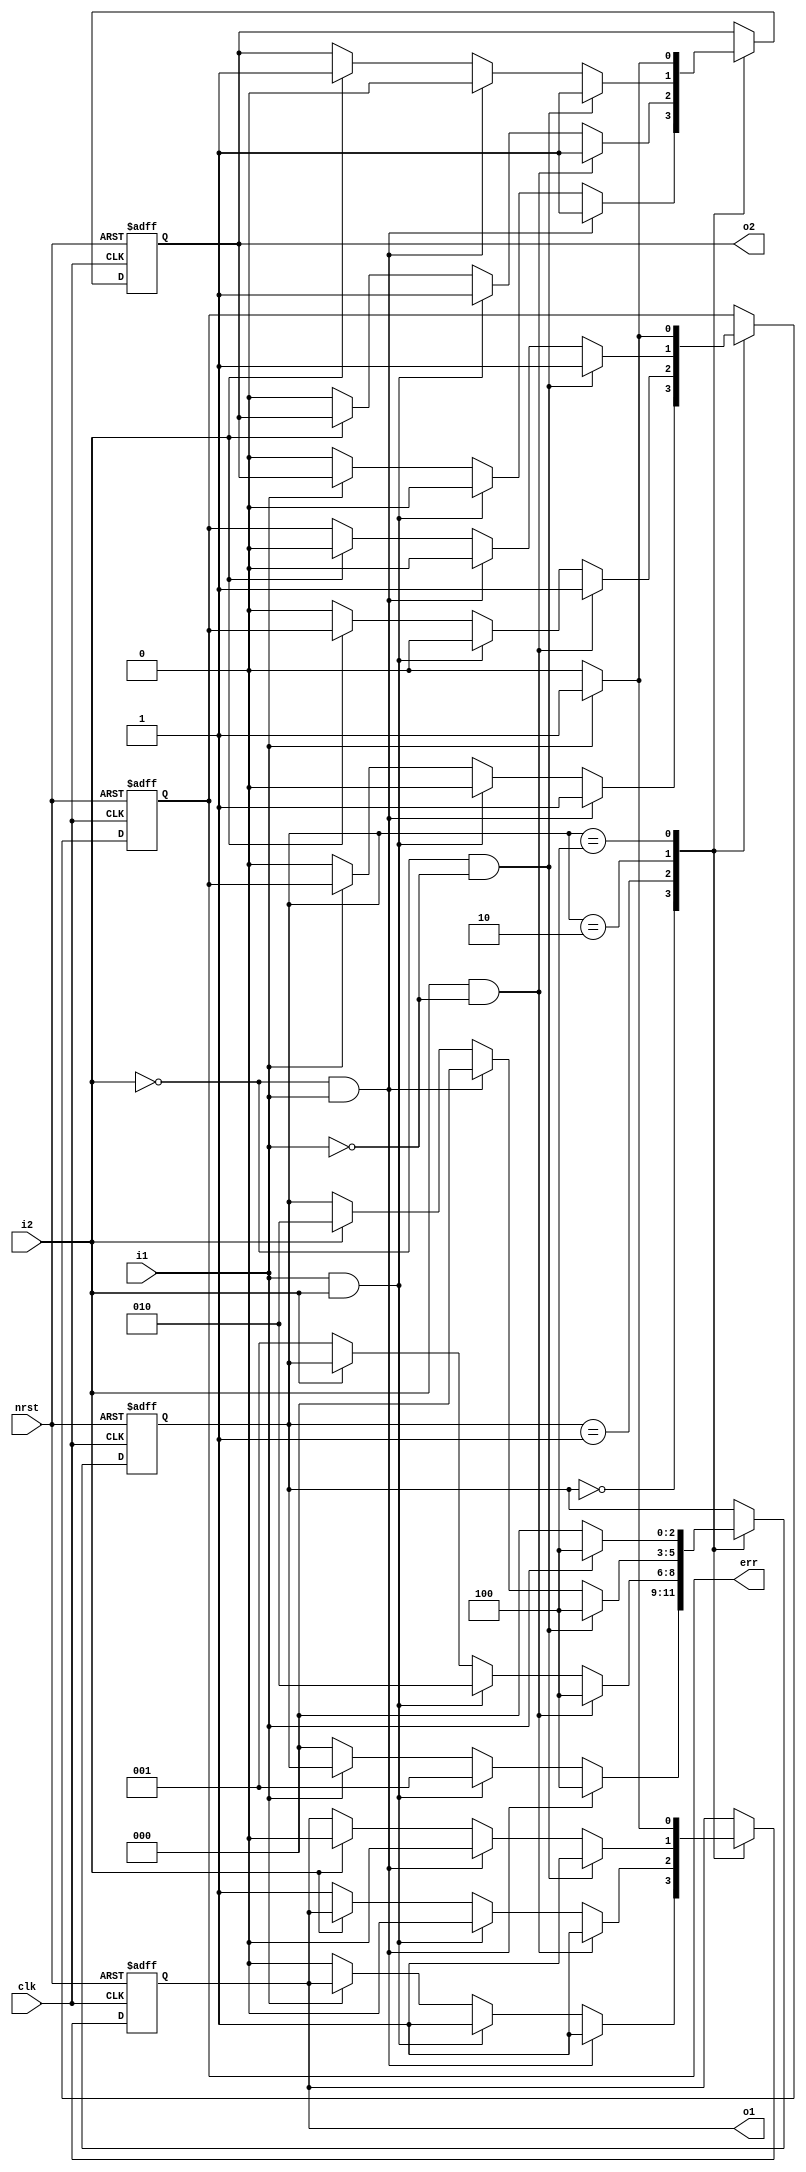
//
// 1-paragraph method to describe FSM 
//
// Describe state transition, state output, state transition condition 
// in 1 always block 
//
module sm_para_1_var ( 
  nrst,
  clk, 
  i1,
  i2, 
  o1,
  o2, 
  err 
); 
              
  input          nrst;
  input          clk; 
  input          i1; 
  input          i2; 
  output         o1; 
  output         o2; 
  output         err; 
  
  reg            o1;
  reg            o2;
  reg            err; 
  
  reg    [2:0]   cs;   // current state 
  parameter [2:0]      // one hot with zero idle 
        IDLE   = 3'b000, 
        S1     = 3'b001, 
        S2     = 3'b010, 
        ERROR  = 3'b100; 
   
  //
  // 1 always block to describe state transition, state output and 
  // state transiton condition      
  //
  always @( posedge clk or negedge nrst ) begin 
    if ( !nrst ) begin 
      cs           <= IDLE; 
    end 
    else begin 
      case ( cs ) 
        IDLE : begin 
          if ( ~i1 ) begin 
            cs  <= IDLE; 
          end 
          if ( i1 && i2 ) begin
            cs  <= S1; 
          end 
          if ( i1 && ~i2 ) begin
            cs  <= ERROR; 
          end 
        end 
        S1 : begin 
          if ( ~i2 ) begin
            cs  <= S1; 
          end 
          if ( i2 && i1 ) begin
            cs  <= S2; 
          end 
          if ( i2 && ( ~i1 ) ) begin
            cs  <= ERROR; 
          end 
        end 
        S2 : begin 
          if ( i2 ) begin
            cs  <= S2; 
          end 
          if ( ~i2 && i1 ) begin
            cs  <= IDLE; 
          end 
          if ( ~i2 && ( ~i1 ) ) begin
            cs  <= ERROR; 
          end 
        end 
        ERROR : begin 
          if ( i1 ) begin
            cs  <= ERROR; 
          end 
          if ( ~i1 ) begin
            cs  <= IDLE; 
          end 
        end 
      endcase 
    end    
  end
  
  always @( posedge clk or negedge nrst ) begin
    if ( !nrst ) begin 
      {o1,o2,err}  <= 3'b000; 
    end 
    else begin 
      case (cs) 
        IDLE : begin 
          if ( ~i1 ) begin 
            {o1,o2,err} <= 3'b000; 
          end 
          if ( i1 && i2 ) begin
            {o1,o2,err} <= 3'b100; 
          end 
          if ( i1 && ~i2 ) begin
            {o1,o2,err} <= 3'b111; 
          end 
        end 
        S1 : begin 
          if ( ~i2 ) begin
            {o1,o2,err} <= 3'b100; 
          end 
          if ( i2 && i1 ) begin
            {o1,o2,err} <= 3'b010; 
          end 
          if ( i2 && ( ~i1 ) ) begin
            {o1,o2,err} <= 3'b111; 
          end 
        end 
        S2 : begin 
          if ( i2 ) begin
            {o1,o2,err} <= 3'b010; 
          end 
          if ( ~i2 && i1 ) begin
            {o1,o2,err} <= 3'b000; 
          end 
          if ( ~i2 && ( ~i1 ) ) begin
            {o1,o2,err} <= 3'b111; 
          end 
        end 
        ERROR : begin 
          if ( i1 ) begin
            {o1,o2,err} <= 3'b111; 
          end 
          if ( ~i1 ) begin
            {o1,o2,err} <= 3'b000; 
          end 
        end 
      endcase 
    end    
  end
endmodule